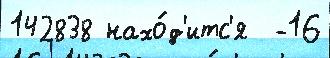
142838 нахо́д'итс'я  -16